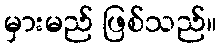
မှားမည် ဖြစ်သည်။